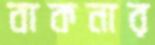
বাকনার